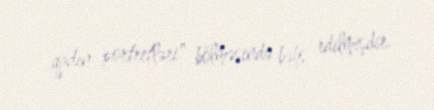
qadın portretləri" bölməsində bəhs edilmişdir.